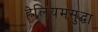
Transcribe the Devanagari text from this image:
हेलियमसुद्धा